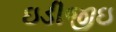
ઇડીજીઇ